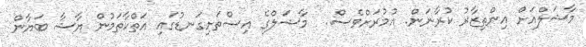
މާޝަލްއަށް އިންތިޒާރު ކުރާނަން. އުމުރަށްވެސް..  މާޝަލްގެ އިސްތަށިގަނޑުގައި އަތްކާތަމުން ޔާޝާ ބަޔާން